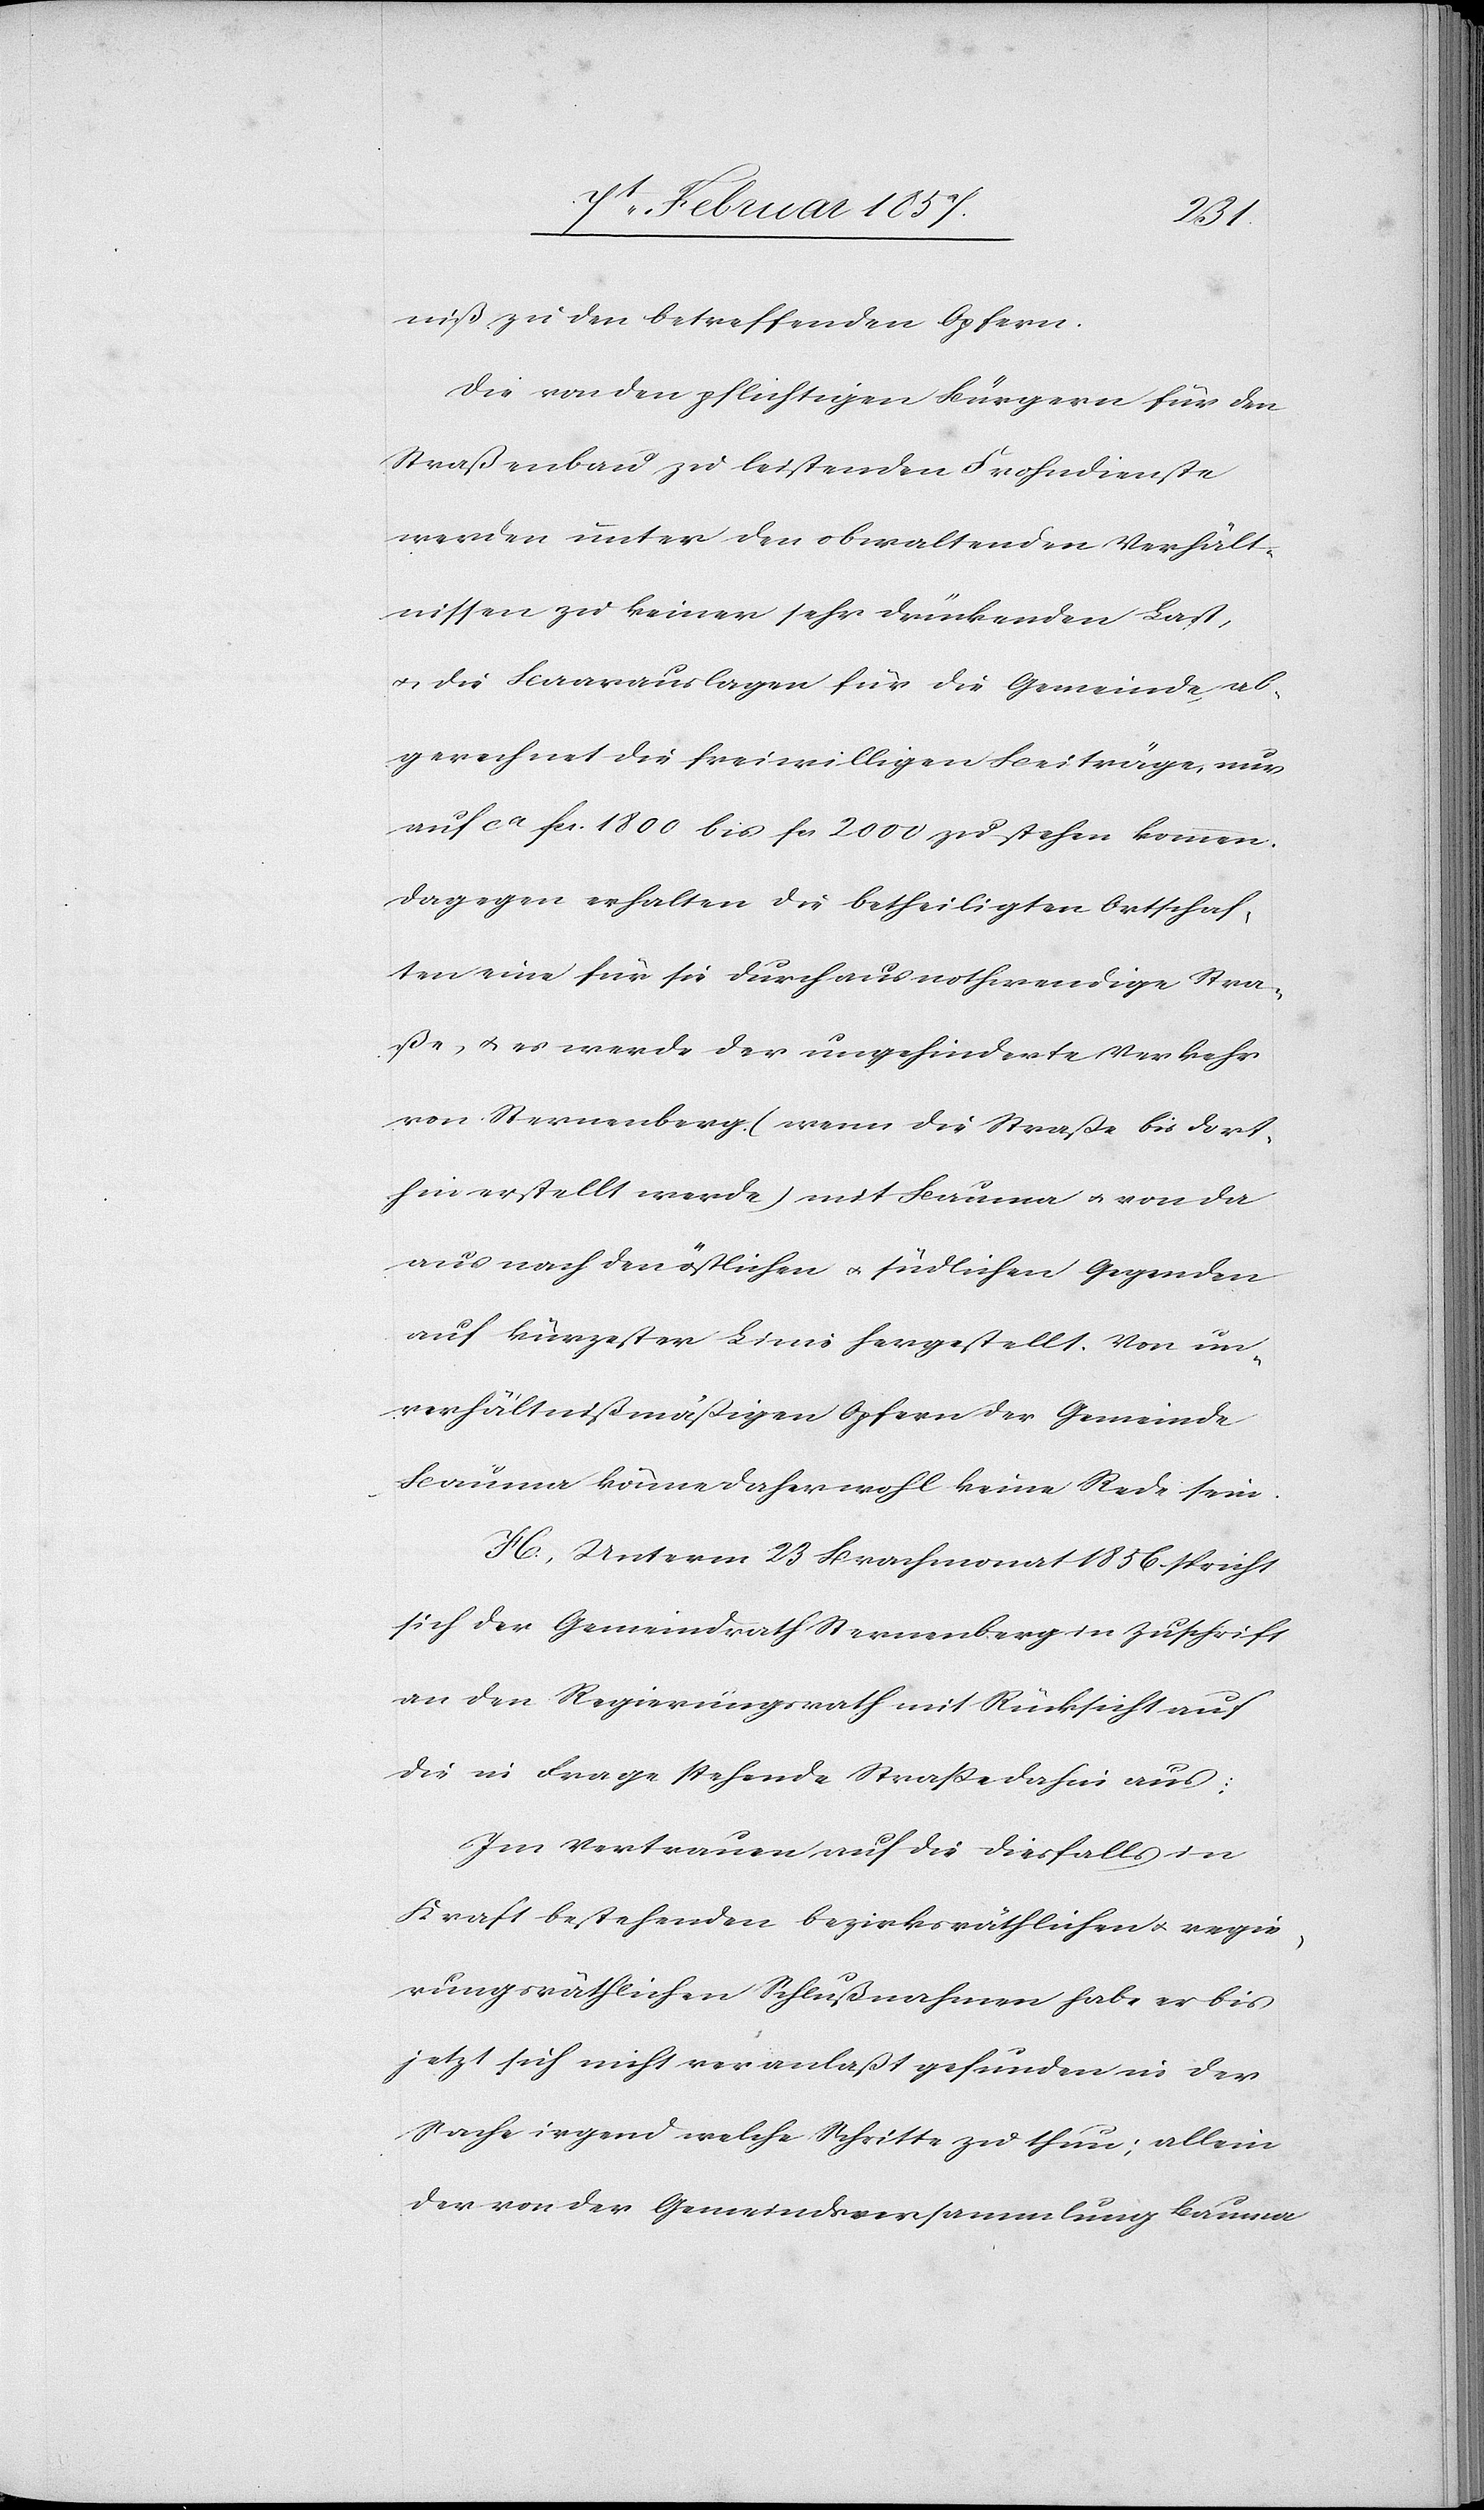
niß zu den betreffenden Opfern.
Die von den pflichtigen Bürgern für den
Straßenbau zu leistenden Frohndienste
werden unter den obwaltenden Verhält¬
nissen zu keiner sehr drückenden Last,
u. die Baarauslagen für die Gemeinde ab¬
gerechnet die freiwilligen Beiträge, nur
auf ca fc. 1800 bis fc. 2000 zu stehen kommen.
Dagegen erhalten die betheiligten Ortschaf¬
ten eine für sie durchaus nothwendige Stra¬
ße, u. es werde der ungehinderte Verkehr
von Sternenberg (wenn die Straße bis dort¬
hin erstellt werde) mit Bauma u. von da
aus nach den östlichen u. südlichen Gegenden
auf kürzester Linie hergestellt. Von un¬
verhältnißmäßigen Opfern der Gemeinde
Bauma könne daher wohl keine Rede sein.
H. Unterm 23 Brachmonat 1856 spricht
sich der Gemeindrath Sternenberg in Zuschrift
an den Regierungsrath mit Rücksicht auf
die in Frage stehende Straße dahin aus:
Im Vertrauen auf die diesfalls in
Kraft bestehenden bezirksräthlichen u. regie¬
rungsräthlichen Schlußnahmen habe er bis
jetzt sich nicht veranlaßt gefunden in der
Sache irgend welche Schritte zu thun; allein
der von der Gemeindsversammlung Bauma